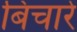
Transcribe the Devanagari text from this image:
बिचारे